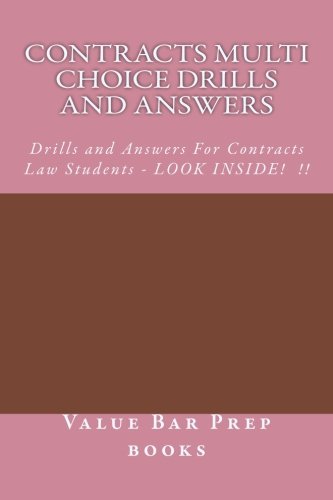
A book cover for Contracts Multi Choice Drills and Answers: Drills and Answers For Contracts Law Students - LOOK INSIDE!  !!; Value Bar Prep books; Test Preparation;